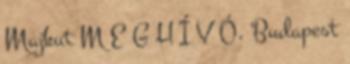
Majkut M E G H Í V Ó. Budapest